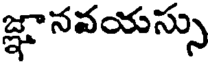
జ్ఞానవయస్సు